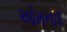
ઓમનાદ